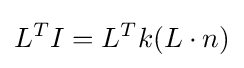
L^{T}I=L^{T}k(L\cdot n)